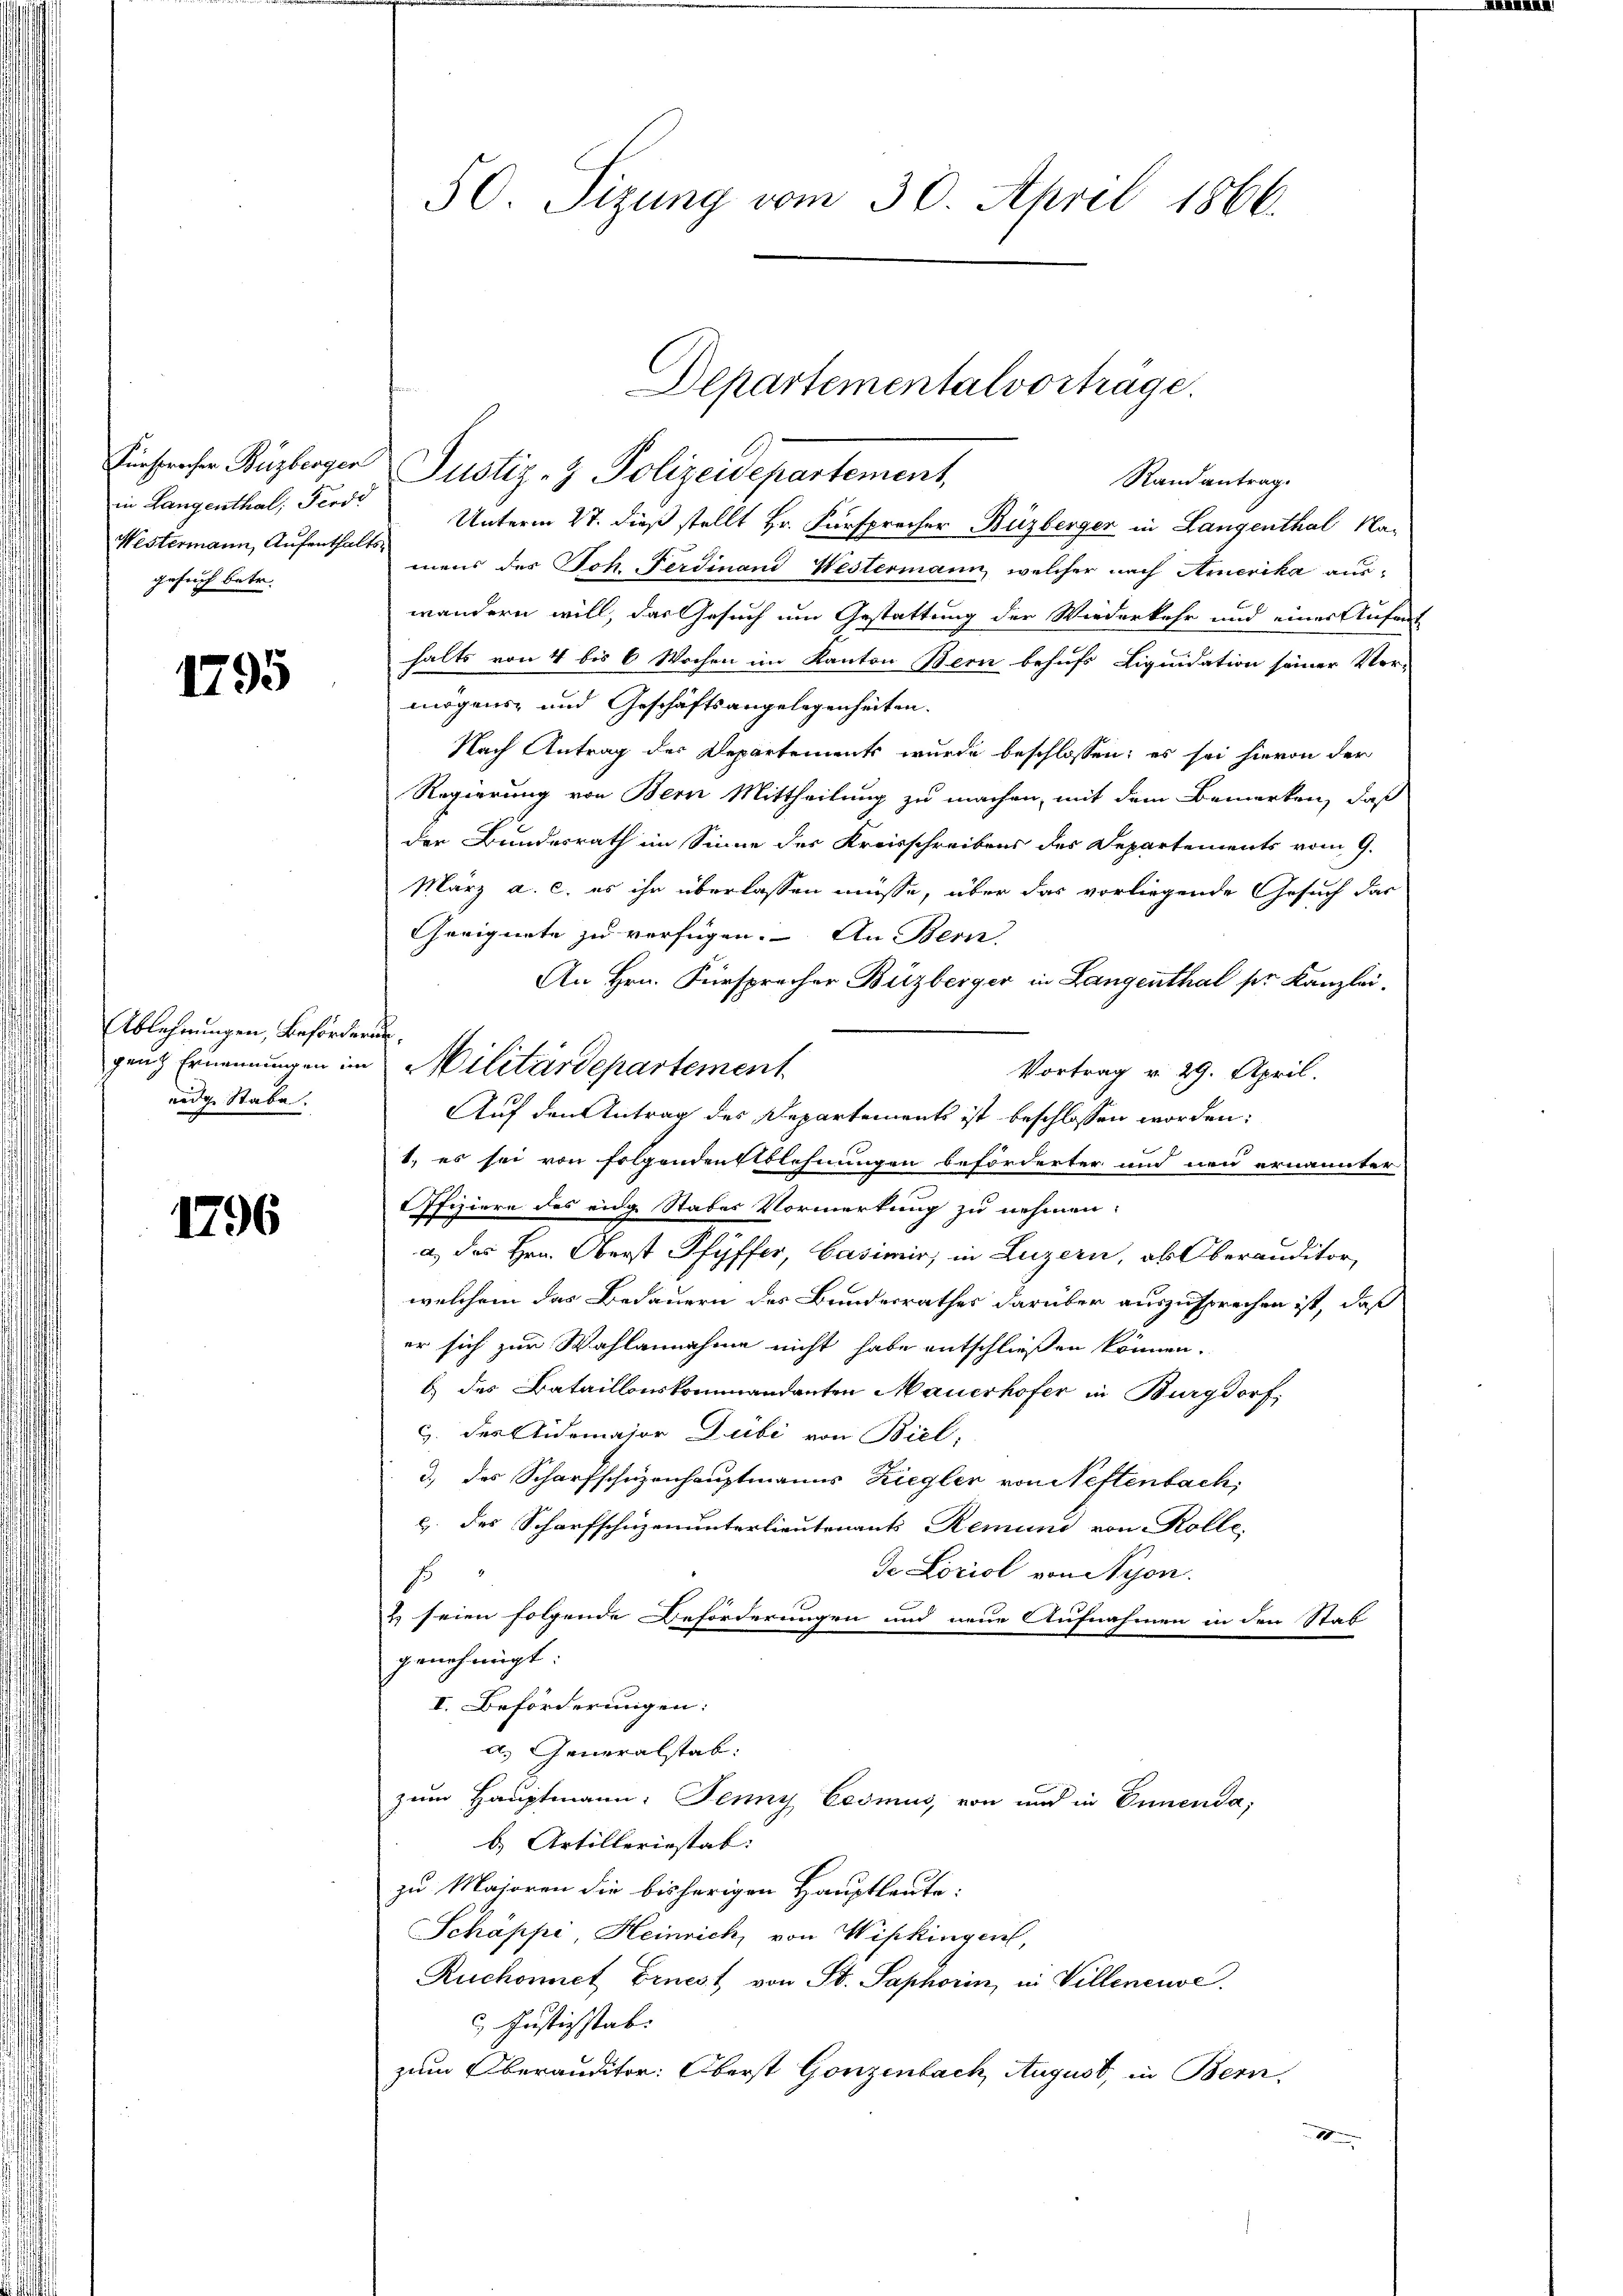
in Langenthal, Ferdi
Westermann, Aufenthaltsgesuch betr.

1795

Ablehnungen, Beförderunnedige Stabe.

1796

50. Sizung vom 30. April 1866.

genz Ernennungen im Militärdepartement

Departementalvorträge.
Randantrag.

Fürspracher Buzberger Justiz- & Polizeidepartement,
Unterm 27. dieß stellt Hr. Fürsprecher Buzberger in Langenthal Na-
mens des Joh. Ferdinand Westermann, welcher nach Amerika auswandern will, das Gesuch um Gestattung der Wiederkehr und einer Aufent
halts von 4 bis 6 Wochen im Kanton Bern behufs Liquidation seiner Ver-
mögens- und Geschäftsangelegenheiten.
Nach Antrag der Departements wurde beschlossen; es sei hievon der
Regierung von Bern Mittheilung zu machen, mit dem Bemerken, daß
der Bundesrath im Sinne des Kreisschreibens des Departements vom 9.
März a. c. es ihr überlassen müsse, über das vorliegende Gesuch das
Geeignete zu verfügen. An Bern
An Hrn. Fürsprecher Buzberger in Langenthal ser Kanzlei.
Vortrag v. 29. April.
Auf den Antrag des Departements ist beschlossen worden:
1., es sei von Folgendenstblehnungen beforderter und neu ernannter
Offiziere des eidg Stades Vormerkung zu nehmen.
a) des Hrn. Oberst Pfyffer, Casimir, in Luzern, ab Oberanditor,
welchem das Bedauern des Bundesrathes darüber auszusprechen ist, daß
er sich zur Wahlannahme nicht habe entschließen können.
b) des Bataillonskommandanten Mauerhofer in Burgdorf,
G. des Aidemajor Dubi von Biel,
d.) des Scharfschuzenhauptmanns Ziegler von Neftenbach,
b. des Scharfschüzenunterlieutenants Remund von Kolle.
de Loriol von Nyon.
s
& seien folgende Beförderungen und neue Aufnahmen in den Stat
genehmigt
I. Beförderungen:
a.) Generalstab.
zum Hauptmann: Jenny Eesmus, von und in Ennenda,
b. Artilleriestat:
zu Majoren die bisherigen Hauptleute:
Schäppe, Heinrich, von Wipkingen,
Ruchonnet Ernest von St. Saphorin, in Villeneuve
 Justichstab.
zum Oberauditor: Oberst Gonzenbach August, in Bern,